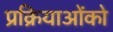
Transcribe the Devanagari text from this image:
प्रक्रियाओंको